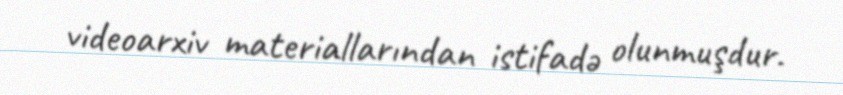
videoarxiv materiallarından istifadə olunmuşdur.